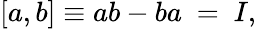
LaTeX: [a,b]\equiv ab-ba\ =\ I,